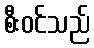
စီးဝင်သည်